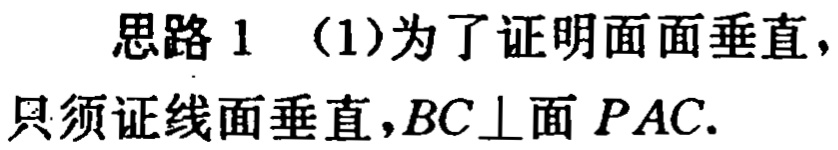
思路 1 （1）为了证明面面垂直，只须证线面垂直，\(BC\perp\)面 \(PAC\).